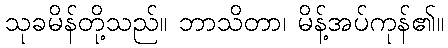
သုခမိန်တို့သည်။ ဘာသိတာ၊ မိန့်အပ်ကုန်၏။